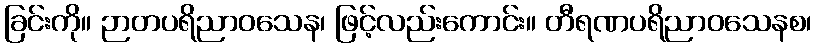
ခြင်းကို။ ဉာတပရိညာဝသေန၊ ဖြင့်လည်းကောင်း။ တီရဏပရိညာဝသေနစ၊